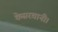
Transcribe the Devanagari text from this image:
केसरवानी।